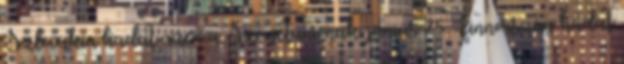
Szlovákia hadat üzen a Szovjetuniónak. június 25. Finnország hadat